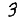
Digit: 3